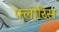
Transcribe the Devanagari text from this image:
फ्लोरिस